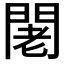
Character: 𨴛